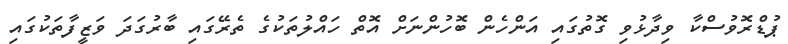
ޕުޑްރޮވުސްކާ ވިދާޅުވި ގޮތުގައި އަންހެން ބޮހުންނަށް އޮތް ހައްލުތަކުގެ ތެރޭގައި ބާރުގަދަ ވަޒީފާތަކުގައި